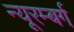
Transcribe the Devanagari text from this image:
न्यूरम्बर्ग